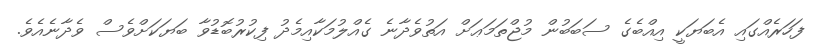
ފަހަރެއްގައި އެބަޔަކީ އިއްބެގެ ސަބަބުން މުޖްތަމަޢަށް އަތުވެދާނެ ގެއްލުމަކާއިމެދު ފިކުރުބޮޑުވާ ބަޔަކަށްވެސް ވެދާނެއެވެ.